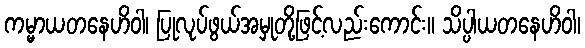
ကမ္မာယတနေဟိဝါ၊ ပြုလုပ်ဖွယ်အမှုတို့ဖြင့်လည်းကောင်း။ သိပ္ပါယတနေဟိဝါ၊